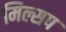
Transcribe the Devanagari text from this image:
मिल्सप